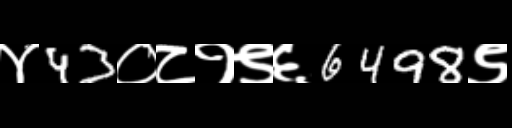
Text: ४43०८१९६6498९